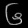
Digit: ၆